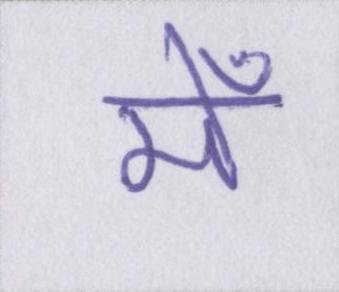
मेँ